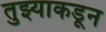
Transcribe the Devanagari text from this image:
तुझ्याकडून